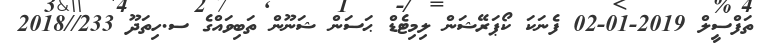
ތަފްސީލް 2019-01-02 ފެނަކަ ކޯޕަރޭޝަން ލިމިޓެޑް ޙަސަން ޝަނޫން ތަބިވައްގެ ސ.ހިތަދޫ 233//2018